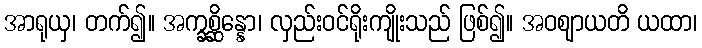
အာရုယှ၊ တက်၍။ အက္ခစ္ဆိန္နော၊ လှည်းဝင်ရိုးကျိုးသည် ဖြစ်၍။ အဝဈာယတိ ယထာ၊